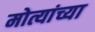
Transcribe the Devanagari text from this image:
मोत्यांच्या